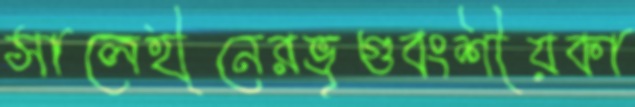
সালেহীনেরভৃগুবংশীয়কা